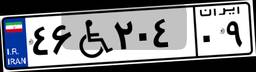
۴۶W۲۰۴۰۹